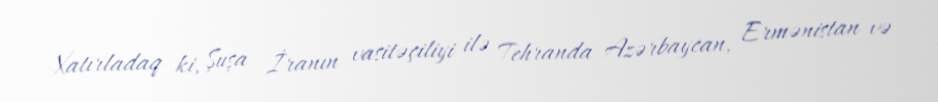
Xatırladaq ki, Şuşa İranın vasitəçiliyi ilə Tehranda Azərbaycan, Ermənistan və